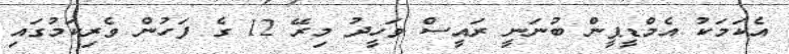
އެކަމަކު އެމްޑީޕީން ބުނަނީ ރައީސް ވަހީދު މިރޭ 12 ގެ ފަހުން ވެރިކަމުގައި